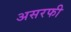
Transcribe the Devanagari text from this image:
असरफी